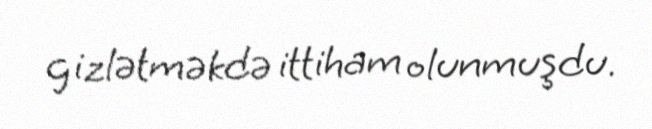
gizlətməkdə ittiham olunmuşdu.